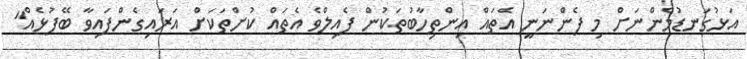
އަޅުގަނޑުމެންނަށް މި ފެންނަނީ އެތައް އިންތިހާބުތަކުން ފެއިލްވެ އެތައް ކުށްތަކަށް އަރައިގެންފައިވާ ބޭފުޅެއް"